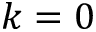
k = 0